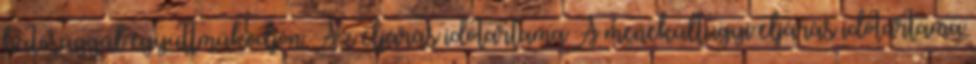
hatósággal együttműködjön. Az eljárás időtartama A menekültügyi eljárás időtartama